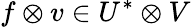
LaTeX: f\otimes v\in U^{*}\otimes V